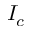
I _ { c }